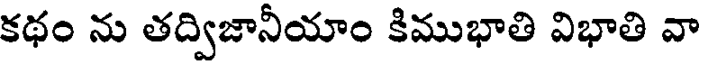
కథం ను తద్విజానీయాం కిముభాతి విభాతి వా